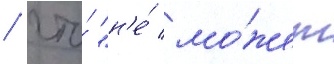
/ что́ "н'е́ мо́жет